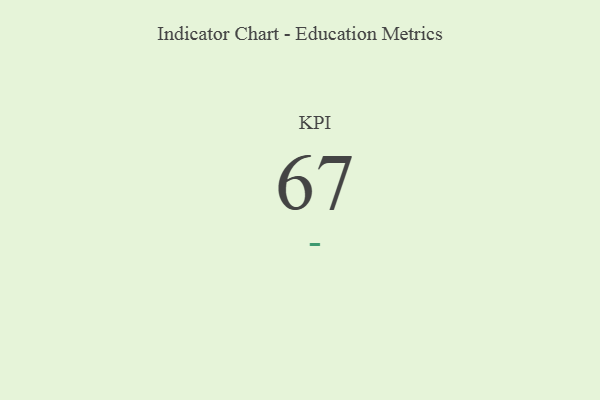
{"axis": {"x": "KPI", "y": "Value"}, "legend": [""], "data": [{"x": "KPI", "y": 67, "type": ""}]}